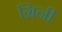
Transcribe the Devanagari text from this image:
ग्रिनी